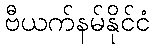
ဗီယက်နမ်နိုင်ငံ